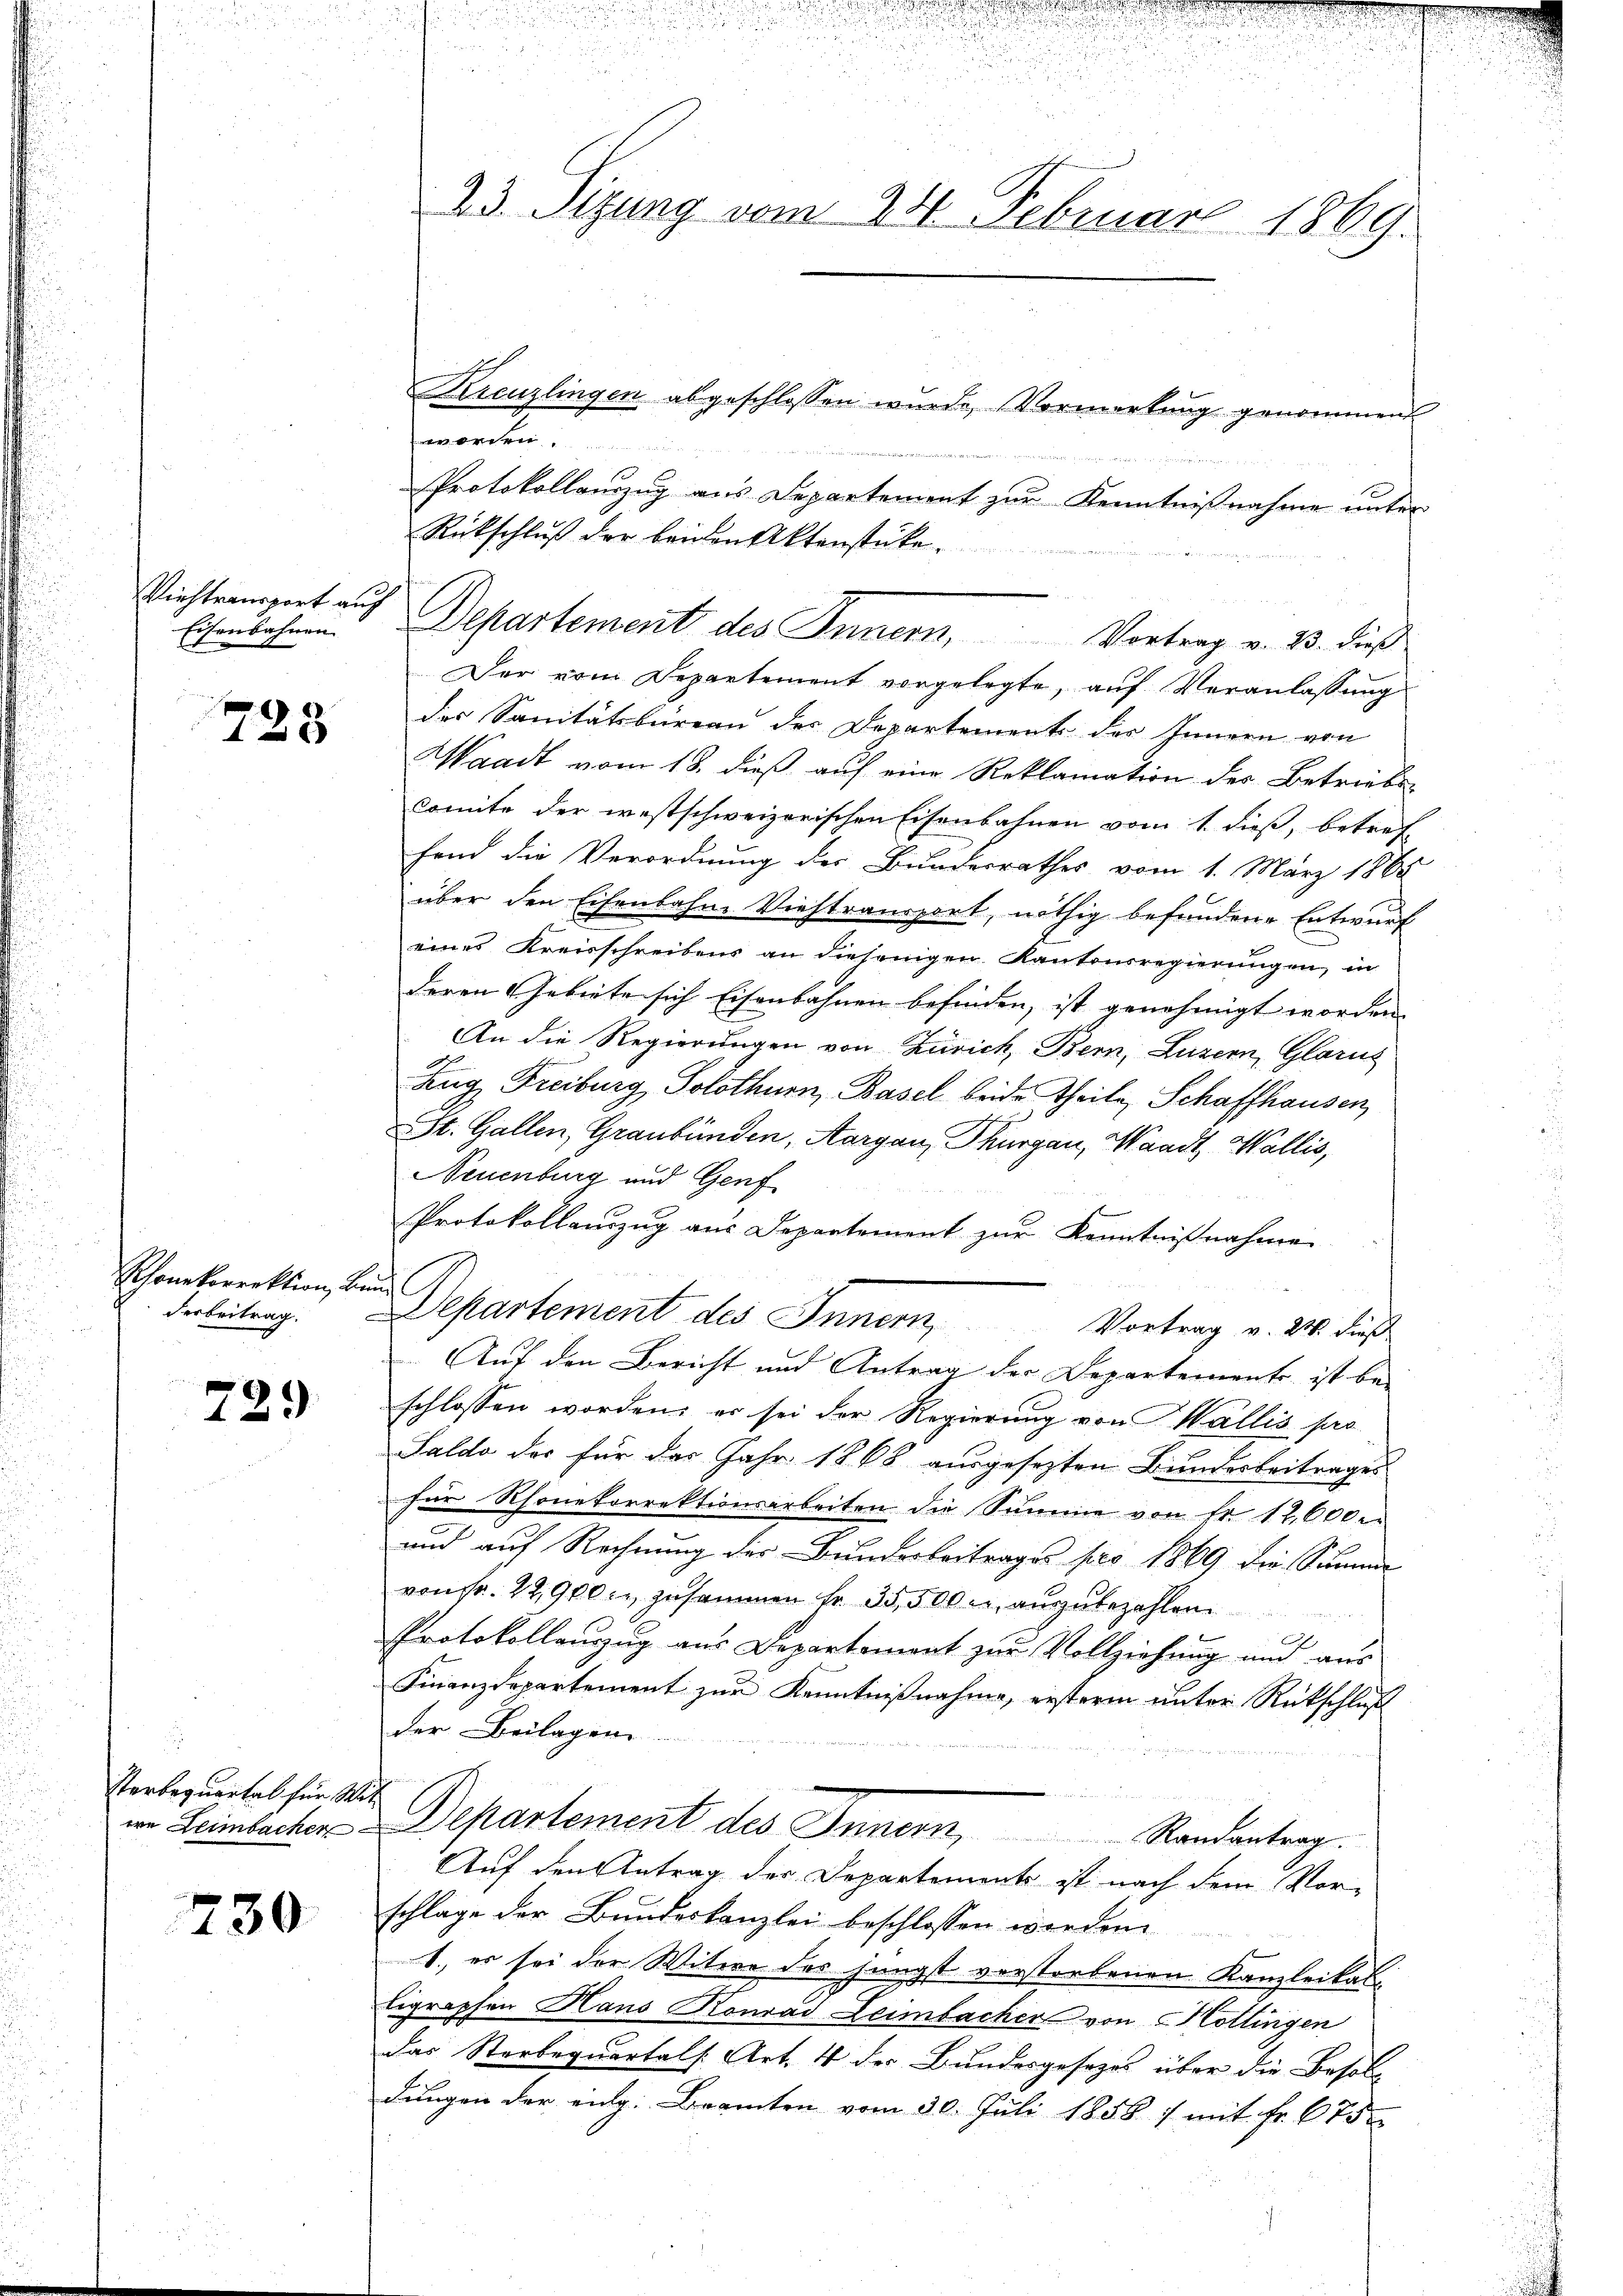
Viehtransport auf
Eisenbahnen.

728

Rhonekorrektion, be
derbeitrag.

729

Sterbequartal für Weie Leimbachen

730

n
23. Sizung vom 24. Februar 1869.

Departement des Innern, Vortrag v. 23. dieß

Kreuzlingen abgeschlossen wurde, Vormerkung genommen

Protokollauszug aus Departement zur Kenntnißnahme unter
Rückschluß der beiden Aktenstücke.
Der vom Departement vorgelegte, auf Veranlassung
des Sanitätsbureau der Departements des Innern von
Waadt vom 18. dieß auf eine Reklamation des Betriebe
Comite der westschweizerischen Eisenbahnen vom 1. dieß, betref-
fond die Verordnung des Bundesrathes vom 1. März 1865
über den Eisenbahne Viehtransport, nöthig befundene Entwurf
eines Kreisschreibens an diejenigen Kantonsregierungen, in
deren Gebiete sich Eisenbahnen befinden, ist genehmigt worden
An die Regierungen von Zürich, Bern, Luzern, Glarus
Zug Freiburg, Solothurn, Basel beide Theile, Schaffhausen,
St. Gallen, Graubünden, Aargau, Thurgau, Waadt, Wallis,
Neuenburg und Genf
Protokollauszug aus Departement zur Kenntnißnahme
s
Departement des Innern,
Vortrag v. 24. dieß
Auf den Bericht und Antrag der Departement ist be-
schlossen worden; er sei der Regierung von Wallis pro
Saldo des für das Jahr 1868 ausgesezten Bundesbeitrages
für Rhonekorrektionsarbeiten die Summe von Fr. 12,000.
und auf Rechnung des Bundesbeitrages pro 1869 die Summe
von fr. 22,900 c. zusammen fr. 35,500 r. auszubezahlen.

Protokollauszug aus Departement zur Vollziehung und aus
Finanzdepartement zur Kenntnißnahme, ersterm unter Rückschluß
der Beilagen
Departement des Inner,
Randantrag.
Auf den Antrag der Departements ist nach dem Vor-
schlage der Bundeskanzlei beschlossen werden.
1., es sei der Witwe des jüngst verstorbenen Kanzleikalligraphen Hans Konrad Leimbacher von Mollingen
das Sterbequartals. Art. 4 der Bundesgesezes über die Besoldungen der eng. Beamten vom 30. Juli 1858 7 mit Fr. 675

2